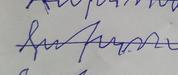
Signature authenticity: forged